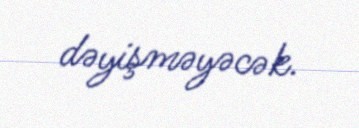
dəyişməyəcək.